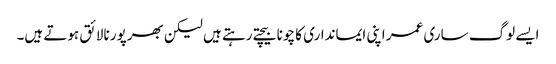
ایسے لوگ ساری عمر اپنی ایمانداری کا چونا بیچتے رہتے ہیں لیکن بھرپور نالائق ہوتے ہیں۔